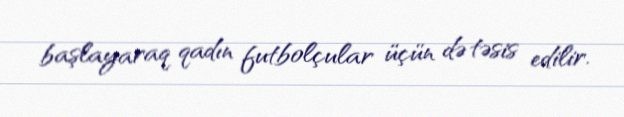
başlayaraq qadın futbolçular üçün də təsis edilir.